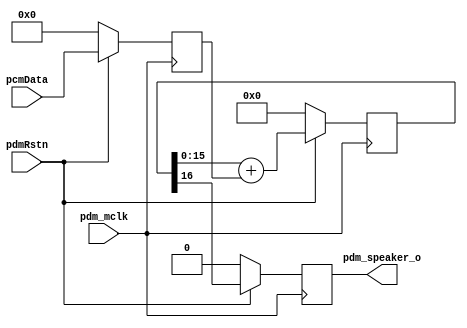
`timescale 1ns / 1ps
//////////////////////////////////////////////////////////////////////////////////
// Module: pdm_modulator
//
// Copyright @ 2017 RealDigital.org
//
// History:
//   11/12/17: Created
//
// Description:
//	 The PDM modulator uses Sigma-Delta modulation to quantize a 48KHz 16-bit
//   PCM audio signal into single-bit PDM signal sampled at 3.072MHz.
//
// License: BSD 3-Clause
//
// Redistribution and use in source and binary forms, with or without 
// modification, are permitted provided that the following conditions are met:
//
// 1. Redistributions of source code must retain the above copyright notice, this 
//    list of conditions and the following disclaimer.
//
// 2. Redistributions in binary form must reproduce the above copyright notice, 
//    this list of conditions and the following disclaimer in the documentation 
//    and/or other materials provided with the distribution.
//
// 3. Neither the name of the copyright holder nor the names of its contributors 
//    may be used to endorse or promote products derived from this software 
//    without specific prior written permission.
//
// THIS SOFTWARE IS PROVIDED BY THE COPYRIGHT HOLDERS AND CONTRIBUTORS "AS IS" AND
// ANY EXPRESS OR IMPLIED WARRANTIES, INCLUDING, BUT NOT LIMITED TO, THE IMPLIED 
// WARRANTIES OF MERCHANTABILITY AND FITNESS FOR A PARTICULAR PURPOSE ARE 
// DISCLAIMED. IN NO EVENT SHALL THE COPYRIGHT HOLDER OR CONTRIBUTORS BE LIABLE 
// FOR ANY DIRECT, INDIRECT, INCIDENTAL, SPECIAL, EXEMPLARY, OR CONSEQUENTIAL 
// DAMAGES (INCLUDING, BUT NOT LIMITED TO, PROCUREMENT OF SUBSTITUTE GOODS OR 
// SERVICES; LOSS OF USE, DATA, OR PROFITS; OR BUSINESS INTERRUPTION) HOWEVER 
// CAUSED AND ON ANY THEORY OF LIABILITY, WHETHER IN CONTRACT, STRICT LIABILITY, 
// OR TORT (INCLUDING NEGLIGENCE OR OTHERWISE) ARISING IN ANY WAY OUT OF THE USE 
// OF THIS SOFTWARE, EVEN IF ADVISED OF THE POSSIBILITY OF SUCH DAMAGE.
//
//////////////////////////////////////////////////////////////////////////////////

module pdm_modulator(
    input pdm_mclk,
    input pdmRstn,
	input [15:0] pcmData,
    output reg pdm_speaker_o
);

reg [15:0] pcmData_d1 = 16'h0;
reg [16:0] pdmVar = 17'h0;

always @ (posedge pdm_mclk)
begin
	if (pdmRstn == 1'b0)
		pcmData_d1 <= 16'h0;
	else
		pcmData_d1 <= pcmData;
end

// Sigma-Delta Modulation
// TODO: A digital low pass filter is needed when PCM signals are oversampled
// by 64 times.
always @ (posedge pdm_mclk)
begin
	if (pdmRstn == 1'b0)
		pdmVar <= 17'h0;
	else
		pdmVar <= {1'b0, pdmVar[15:0]} + pcmData_d1;
end

always @ (posedge pdm_mclk)
begin
	if (pdmRstn == 1'b0)
		pdm_speaker_o <= 1'b0;
	else
		pdm_speaker_o <= pdmVar[16];
end

endmodule